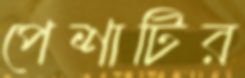
পেশাটির